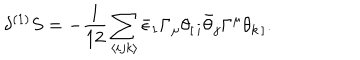
\delta ^ { ( 1 ) } S = - \frac { 1 } { 1 2 } \sum _ { \langle i j k \rangle } \bar { \epsilon } _ { 1 } \Gamma _ { \mu } \theta _ { [ \, i } \bar { \theta } _ { j } \Gamma ^ { \mu } \theta _ { k \, ] } . \,